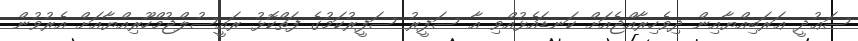
ސަޢުދީ ޢަރަބިއްޔާއިން ދިވެހިރާއްޖެއަށް ކަނޑައެޅުއްވި އާ ސަފީރު ސަފީރުކަމުގެ ފަތްކޮޅު ރައީސުލްޖުމްހޫރިއްޔާއަށް އެރުވުން